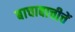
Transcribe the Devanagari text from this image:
बाचाबाचीचें